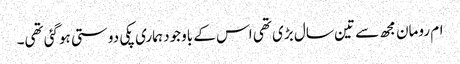
ام رومان مجھ سے تین سال بڑی تھی اس کے باوجود ہماری پکی دوستی ہوگئی تھی۔